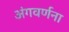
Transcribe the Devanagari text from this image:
अंगवर्णना